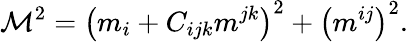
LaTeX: \mathcal{M}^{2}=\left(m_{i}+C_{ijk}m^{jk}\right)^{2}+\left(m^{ij}\right)^{2}.